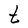
Character: t